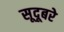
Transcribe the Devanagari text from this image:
सूदूबरे